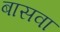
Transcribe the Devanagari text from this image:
बासवा